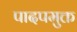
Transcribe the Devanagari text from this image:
पादपमुक्त